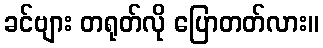
ခင်ဗျား တရုတ်လို ပြောတတ်လား။